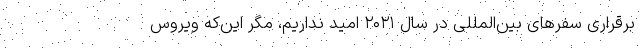
برقراری سفرهای بین‌المللی در سال ۲۰۲۱ امید نداریم، مگر این‌که ویروس